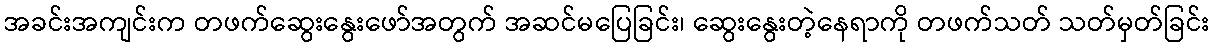
အခင်းအကျင်းက တဖက်ဆွေးနွေးဖော်အတွက် အဆင်မပြေခြင်း၊ ဆွေးနွေးတဲ့နေရာကို တဖက်သတ် သတ်မှတ်ခြင်း